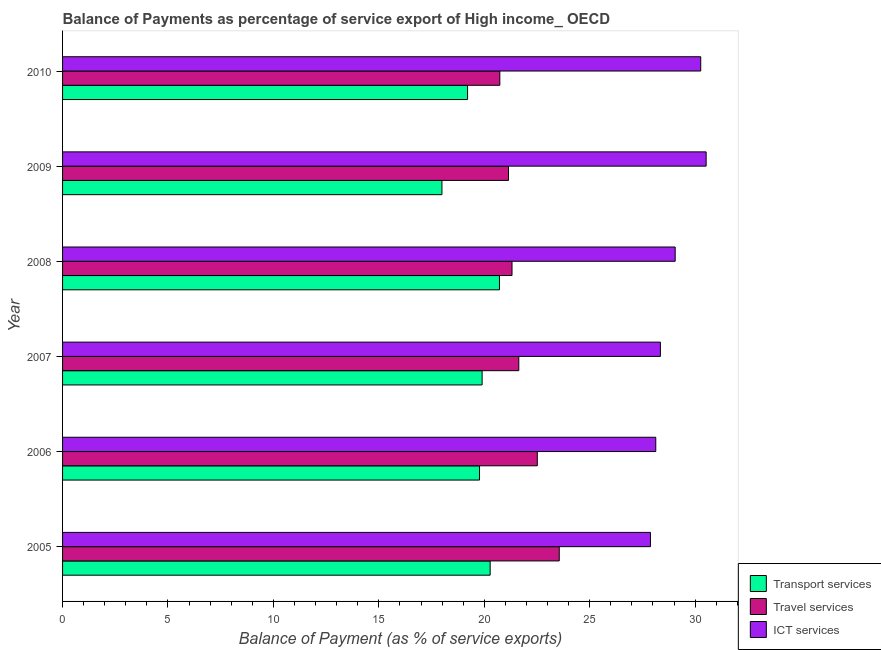
| Year | Transport services | Travel services | ICT services |
 | --- | --- | --- | --- |
 | 2005 | 20.3 | 23.6 | 27.9 |
 | 2006 | 19.8 | 22.5 | 28.1 |
 | 2007 | 19.9 | 21.6 | 28.4 |
 | 2008 | 20.7 | 21.3 | 29.1 |
 | 2009 | 18 | 21.1 | 30.5 |
 | 2010 | 19.2 | 20.7 | 30.3 |